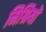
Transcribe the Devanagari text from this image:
मिश्रियों